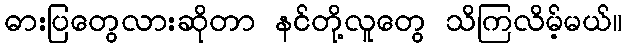
ဓားပြတွေလားဆိုတာ နင်တို့လူတွေ သိကြလိမ့်မယ်။